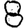
Digit: 8